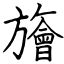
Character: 旝